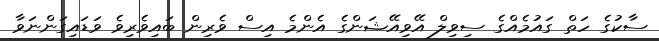
ސާކުގެ ހަތް ގައުމެއްގެ ސިވިލް އޭވިއޭޝަންގެ އެންމެ އިސް ވެރިން ބައިވެރިވެ ވަޑައިގަންނަވާ